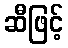
ဆီဖြင့်